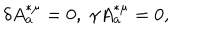
\delta A _ { a } ^ { * \mu } = 0 , \; \gamma A _ { a } ^ { * \mu } = 0 ,